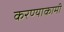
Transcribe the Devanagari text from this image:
करण्याकामी